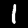
Digit: 1